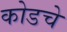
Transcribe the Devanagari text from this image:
कोडचे